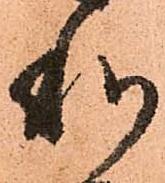
利